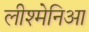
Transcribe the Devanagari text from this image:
लीश्मेनिआ